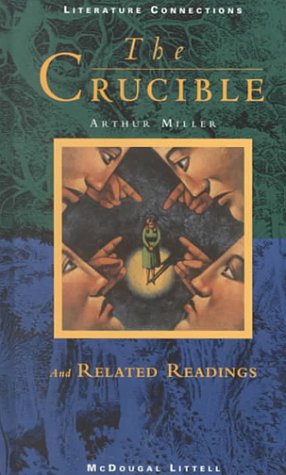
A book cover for The Crucible and Related Readings; Arthur Miller; Teen & Young Adult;